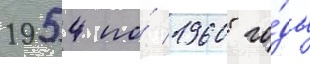
1954 по́ 1960 го́ды